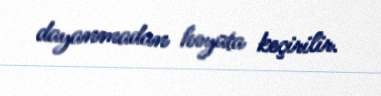
dayanmadan həyata keçirilir.